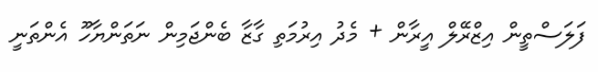
ފަލަސްތީން އިޒްރޭލް އީރާން + މެދު އިރުމަތި ގާޒާ ބެންޖަމިން ނަތަންޔާހޫ އެންތަނީ